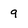
Character: 9